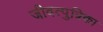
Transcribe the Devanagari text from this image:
जीवत्पुत्रिका